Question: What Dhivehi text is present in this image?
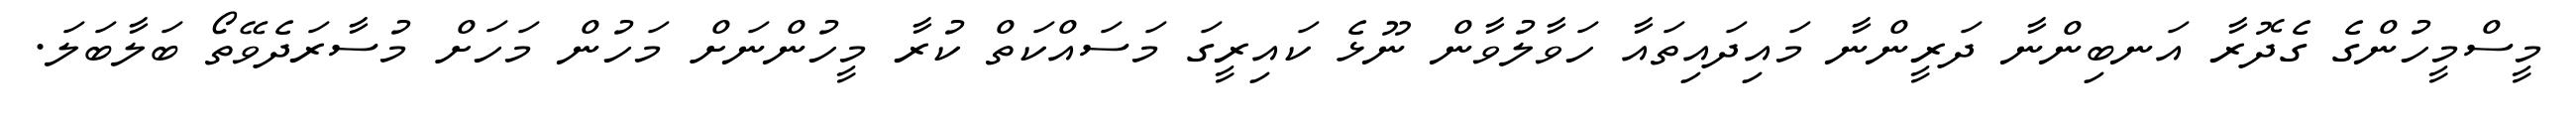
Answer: މީސްމީހުންގެ ގެދޮރާ އަނބިންނާ ދަރީންނާ މައިދައިތައާ ހަވާލުވާން ނޫޅެ ކައިރީގަ މަސައްކަތް ކުރާ މީހުންނަށް މަހުން މަހަށް މުސާރަދެވޭތޯ ބަލާބަލަ.